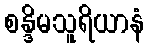
စန္ဒိမသူရိယာနံ